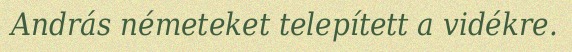
András németeket telepített a vidékre.